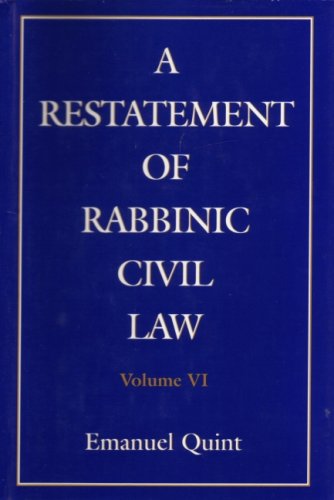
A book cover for A Restatement of Rabbinic Civil Law Volume 6. Laws of Partnership, Laws of Agents, Laws of Sales, and Acquisition of Personality; Emanuel B. Quint; Law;